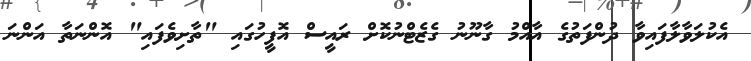
އެކުލަވާލާފައިވާ ދުންފަތުގެ އާއްމު ގާނޫނު ގެޒެޓްނުކޮށް ރައީސް އޮފީހުގައި "ތާށިވެފައި" އޮންނަތާ އަންނަ